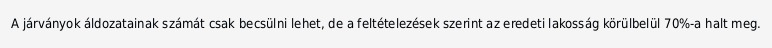
A járványok áldozatainak számát csak becsülni lehet, de a feltételezések szerint az eredeti lakosság körülbelül 70%-a halt meg.